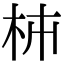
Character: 枾